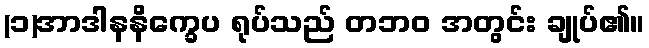
(၁)အာဒါနနိက္ခေပ ရုပ်သည် တဘဝ အတွင်း ချုပ်၏။